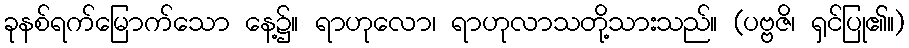
ခုနစ်ရက်မြောက်သော နေ့၌။ ရာဟုလော၊ ရာဟုလာသတို့သားသည်။ (ပဗ္ဗဇိ၊ ရှင်ပြု၏။)